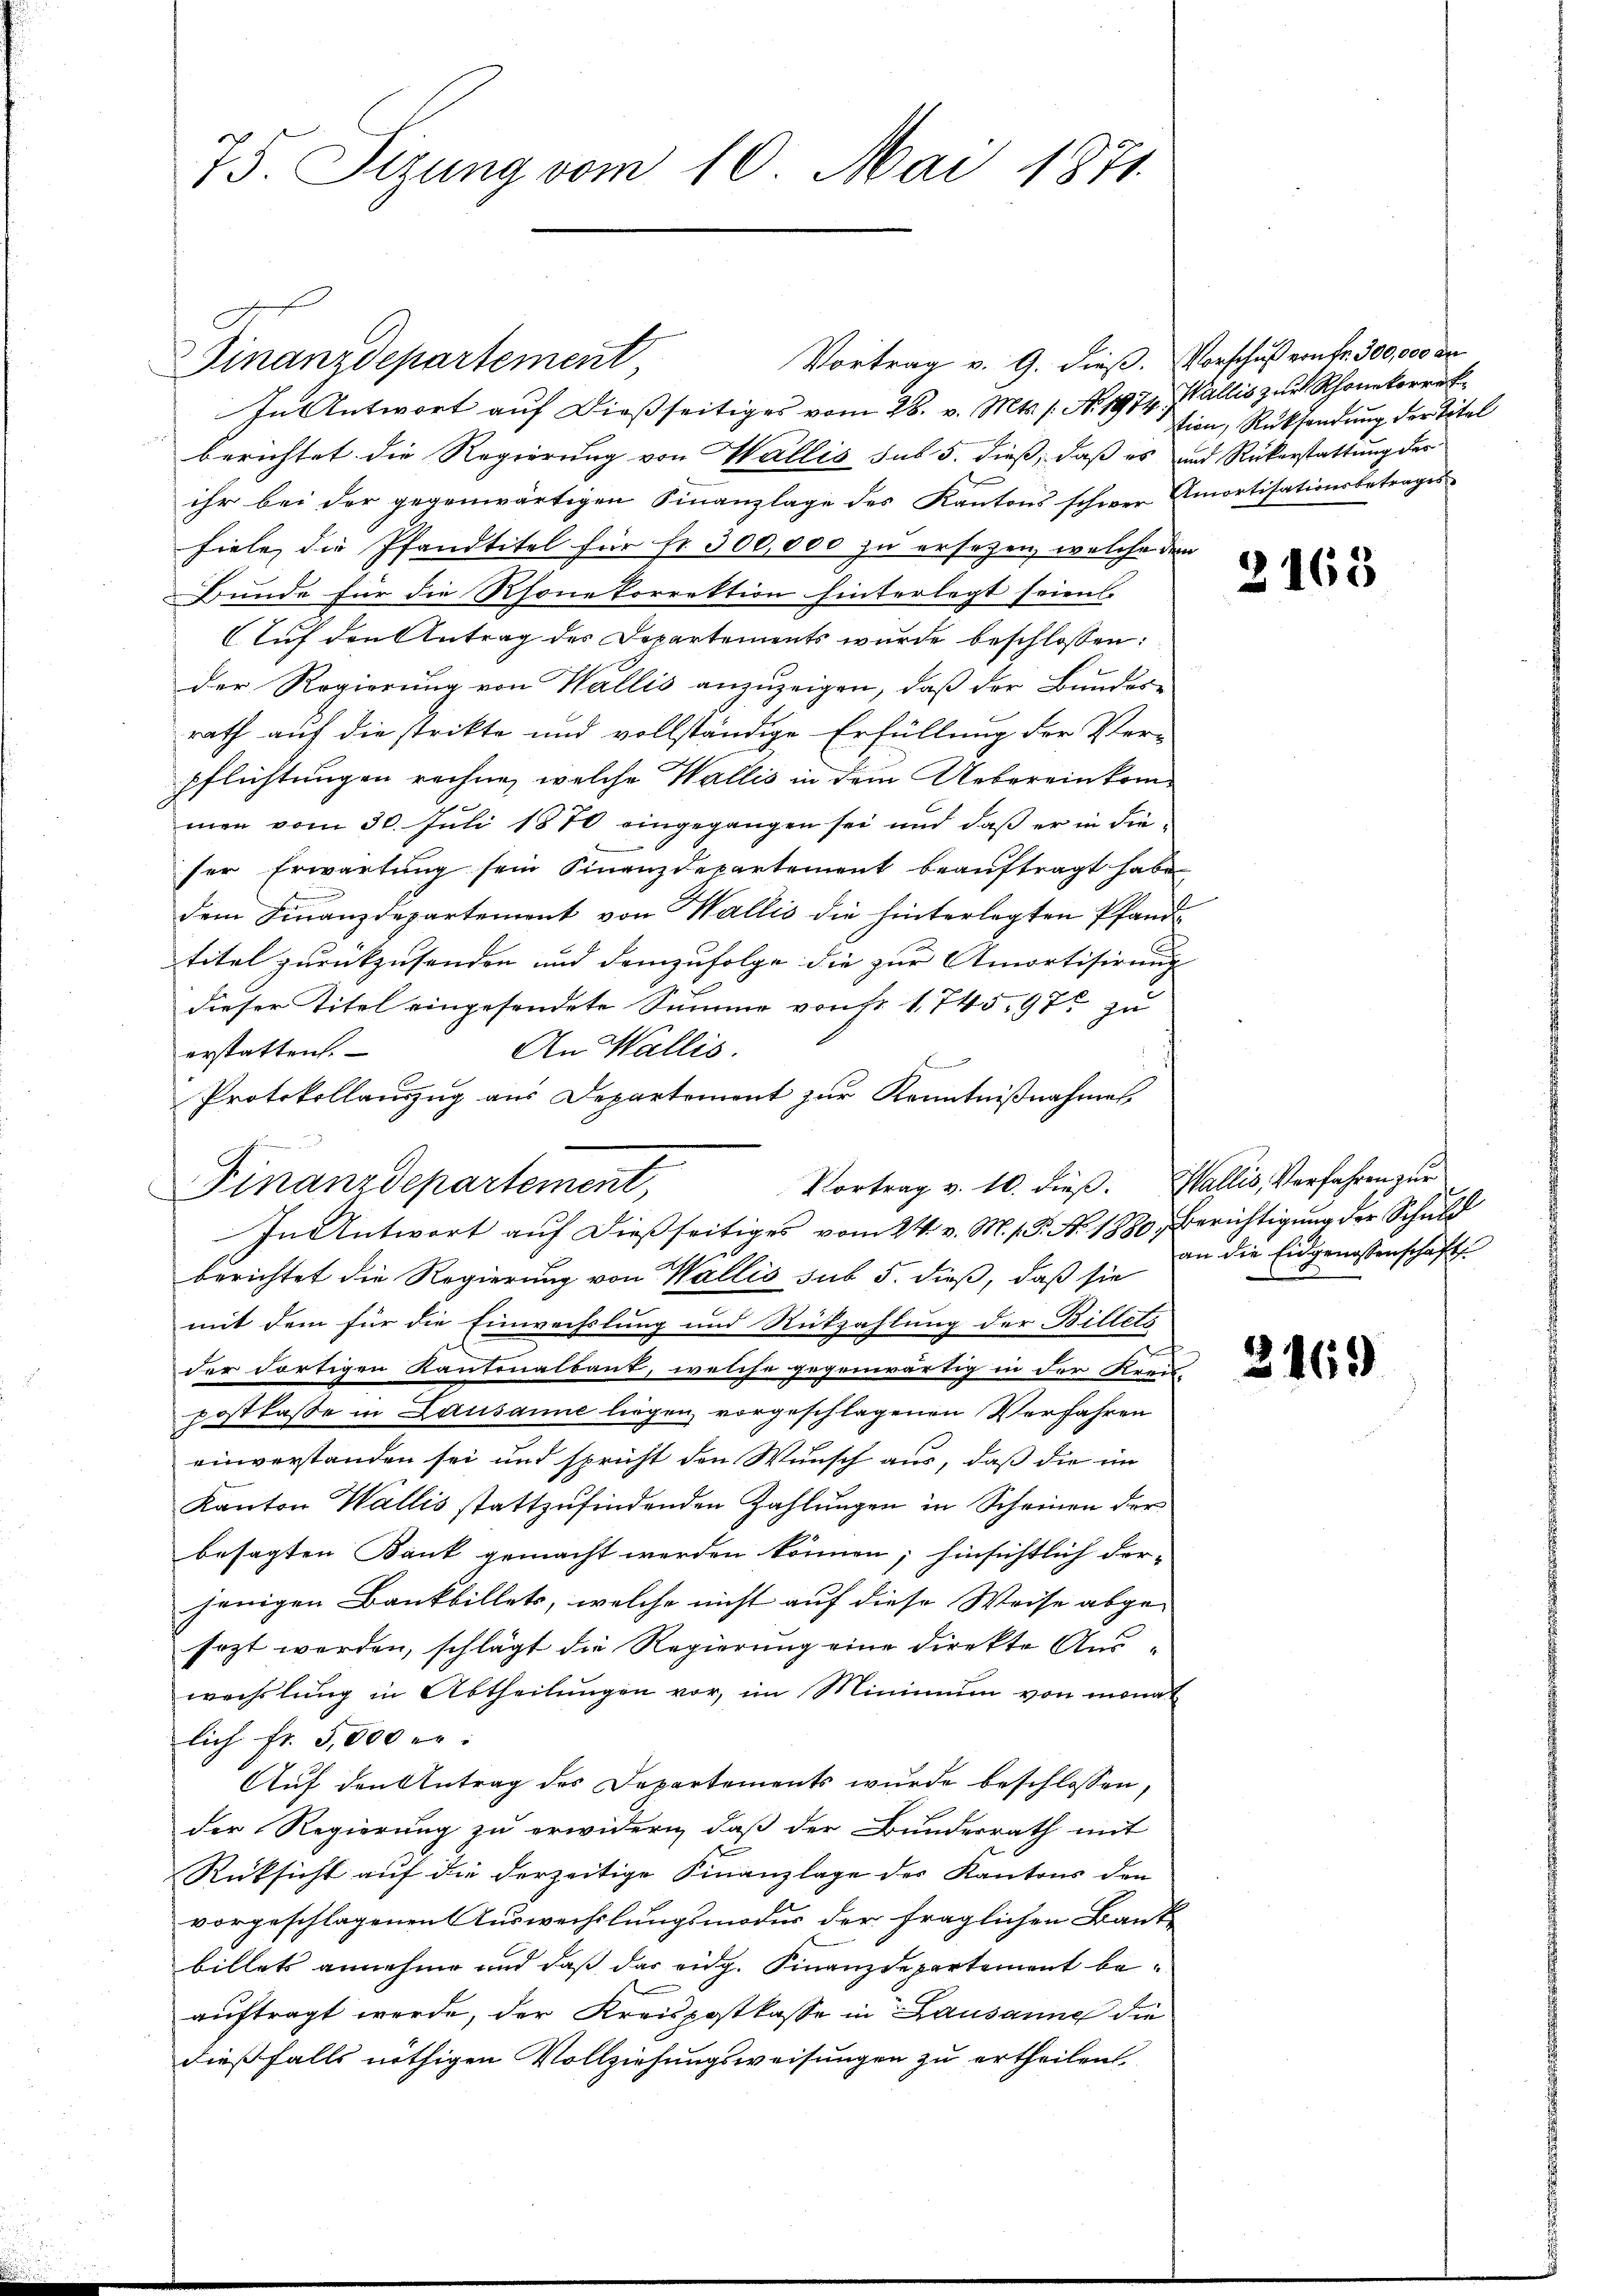
75. Sizung vom 10. Mai 1871.

Finanzdepartement

n

In Antwort auf dießseitiges vom 26. v. Mts. s. No. 1974, Wallis zur Rhonekorrekberichtet die Regierung von Wallis sub 5. dieß, daß es und Rückerstattung der
ihr bei der gegenwärtigen Finanzlage des Kantons schwer Amortisationsbetrages-
fiele, die Pfandtitel für fr. 300,000 zu ersezen, welche dem
Bunde für die Rhone korrektion hinterlegt seien.
AAuf den Antrag des Departements wurde beschlossen:
der Regierung von Wallis anzuzeigen, daß der Bundes-
rath auf die strikte und vollständige Erfüllung der Ver-
pflichtungen rechne, welche Wallis in dem Uebereinkommen vom 30. Juli 1870 eingegangen sei und daß er in dieser Erwartung sein Finanzdepartement beauftragt habe
dem Finanzdepartement von Wallis die hinterlegten Pfand-
titel zurückzusenden und demzufolge die zur Amortisirung |
dieser Titel eingesendete Summe von fr. 1745. 97 zu
An Wallis.
erstatten.
Protokollauszug aus Departement zur Kenntnißnahmes
berichtet die Regierung von Wallis sub 5. dieß, daß sie
mit dem für die Einwechslung und Rückzahlung der Billets
der dortigen Kantonalbaut, welche gegenwärtig in der Krau
postkasse in Lausanne liegen, vorgeschlagenen Verfahren
einverstanden sei und spricht den Wunsch aus, daß die im
Kanton Wallis stattzŭfindenden Zahlŭngen in Scheinen der
besagten Bank gemacht werden können; hinsichtlich der-
jenigen Bankbillets, welche nicht auf diese Weise abge-
sezt worden, schlägt die Regierung eine direkte Auswechslung in Abtheilungen vor, im Minimum von monat
lich fr. 5,000 er:
Auf den Antrag des Departements wurde beschlossen,
der Regierung zu erwidern, daß der Bunderrath mit
Rüksicht auf die derzeitige Finanzlage des Kantons den
vorgeschlagenen Auswechslungsmodus der fraglichen Banke
billets annehme und daß das eidg. Finanzdepartement beauftragt werde, der Kreispostkasse in Lausanne die
dießfalls nöthigen Vollziehungsweisungen zu ertheilen.

Vortrag v. 9. dieß. Vorschuß von Fr. 300,000 de

Vortrag v. 10. dieß. Wallis, Verfahren zur
Finanzdepartement,
In Antwort auf dießseitiges vom 24. v. M. s. S. Nr. 1880, Berichtigung der Schuld

tion, Rücksendung der Titel

2163

an die Eidgenossenschaft

3169)